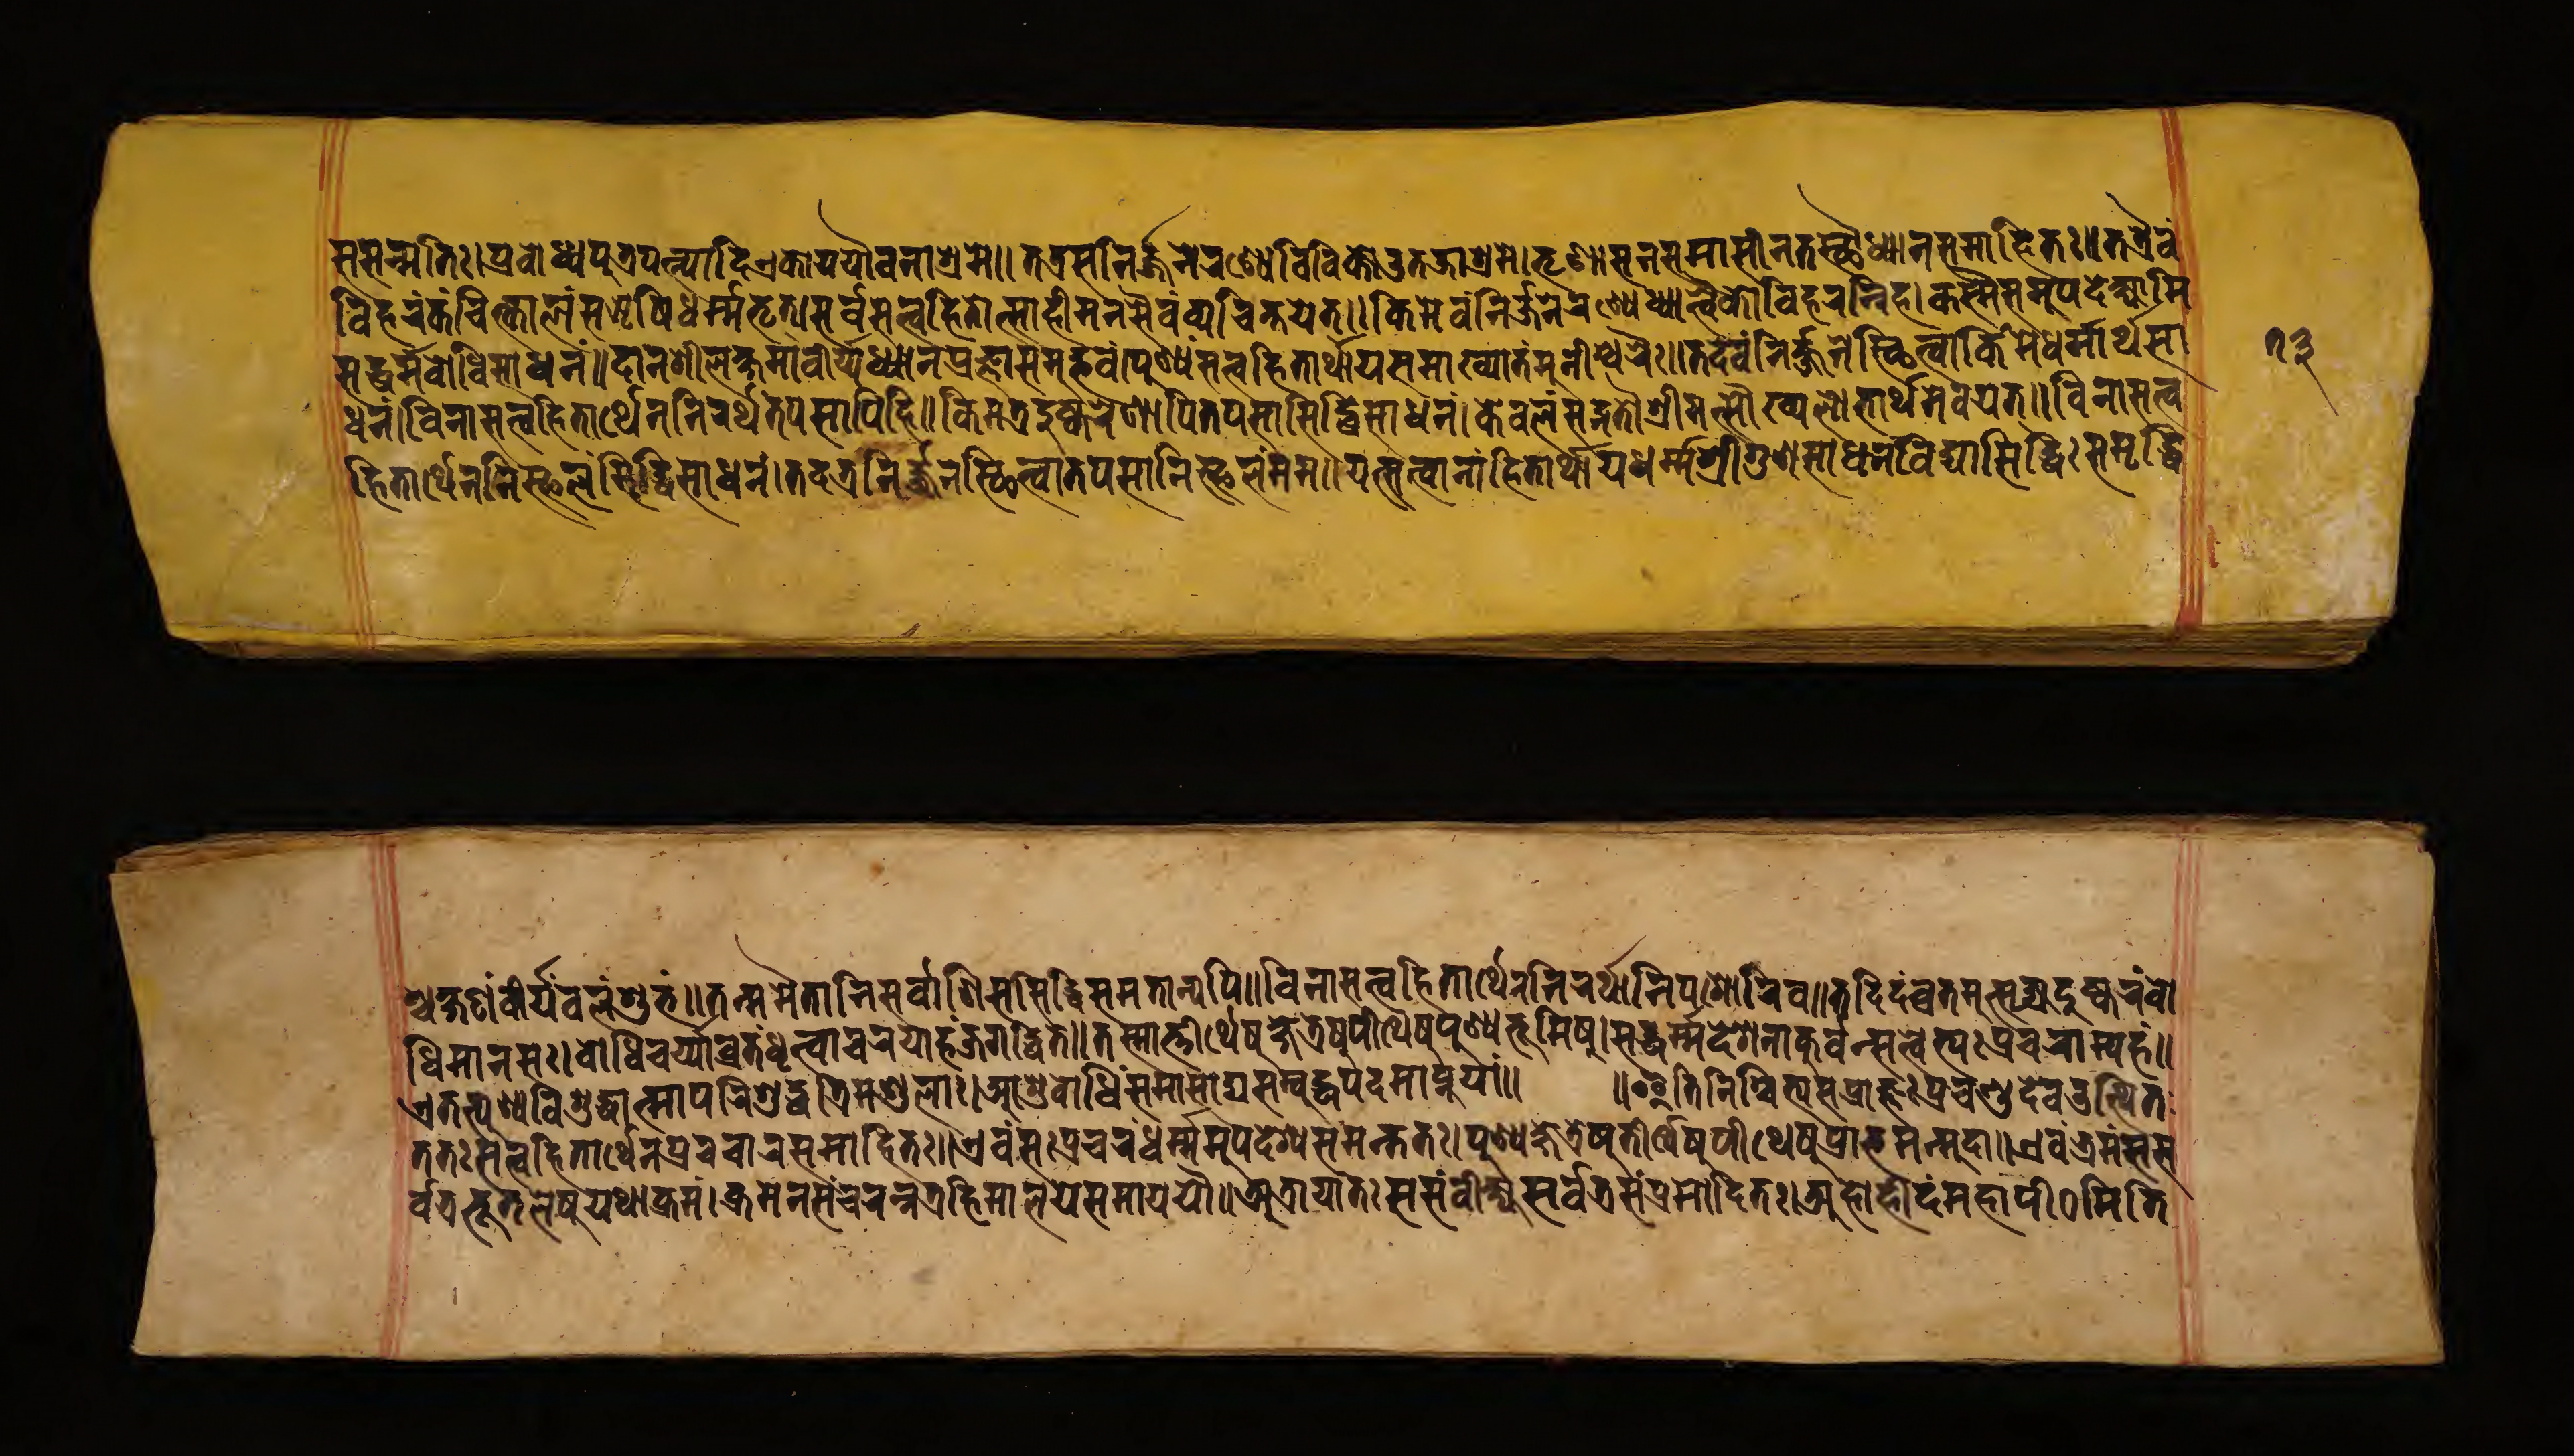
𑐳𑐣𑑂𑐩𑐟𑐶𑑅𑑋𑐥𑑂𑐬𑐧𑑀𑐢𑑂𑐫𑐥𑐸𑐟𑑂𑐬𑐥𑐟𑑂𑐣𑑂𑐫𑐵𑐡𑐶𑑄𑐊𑐎𑑀𑐫𑐫𑑁𑐰𑐣𑐵𑐱𑑂𑐬𑐩𑐾𑑌𑐟𑐺𑐞𑐵𑐳𑐣𑐳𑐟𑐟𑑂𑐬𑐳𑐣𑐶𑐬𑑂𑐖𑐣𑐾𑐬𑐞𑑂𑐫𑐾𑐰𑐶𑐰𑐶𑐎𑑂𑐟𑐾𑐄𑐟𑐖𑐵𑐱𑑂𑐬𑐩𑐾𑑋𑐟𑐺𑐞𑐵𑐳𑐣𑐳𑐩𑐵𑐳𑐷𑐣𑐟𑐳𑑂𑐠𑑁𑐢𑑂𑐫𑐵𑐣𑐳𑐩𑐵𑐴𑐶𑐟𑑅𑑌𑐟𑐟𑑂𑐬𑐿𑐰𑑄 𑐰𑐶𑐴𑐬𑐣𑑂𑐎𑑄𑐔𑐶𑐟𑑂𑐎𑐵𑐮𑑄𑐳𑐆𑐲𑐶𑐢𑐬𑑂𑐩𑑂𑐩𑐨𑐺𑐟𑑂𑑋𑐳𑐬𑑂𑐰𑐳𑐟𑑂𑐟𑑂𑐰𑐴𑐶𑐟𑑀𑐟𑑂𑐳𑐵𑐴𑐷𑐩𑐣𑐳𑐿𑐰𑑄𑐰𑑂𑐫𑐔𑐶𑐣𑑂𑐟𑐫𑐟𑑂𑑌𑐎𑐶𑐩𑐾𑐰𑑄𑐣𑐶𑐬𑑂𑐖𑑂𑐖𑐣𑐾𑐬𑐞𑑂𑐫𑐾𑐢𑑂𑐫𑐵𑐟𑑂𑐰𑐿𑐎𑑀𑐰𑐶𑐴𑐬𑐣𑑂𑐣𑐶𑐴𑑋𑐎𑐳𑑂𑐩𑐿𑐳𑐩𑐸𑐥𑐡𑐾𑐎𑑂𑐲𑑂𑐫𑐵𑐩𑐶 𑐳𑐡𑑂𑐢𑐬𑑂𑐩𑑂𑐩𑐧𑑀𑐢𑐶𑐳𑐵𑐢𑐣𑑄𑑌𑐡𑐵𑐣𑐱𑐷𑐮𑐎𑑂𑐲𑐩𑐵𑐰𑐷𑐬𑑂𑐫𑐢𑑂𑐫𑐵𑐣𑐥𑑂𑐬𑐖𑑂𑐘𑐵𑐳𑐩𑐸𑐡𑑂𑐨𑐰𑑄𑑋𑐥𑐸𑐞𑑂𑐫𑑄𑐳𑐟𑑂𑐟𑑂𑐰𑐴𑐶𑐟𑐵𑐬𑑂𑐠𑐵𑐫𑐳𑐩𑐵𑐏𑑂𑐫𑐵𑐟𑑄𑐩𑐸𑐣𑐷𑐱𑑂𑐰𑐬𑐿𑑅𑑌𑐟𑐡𑐾𑐰𑑄𑐣𑐶𑐬𑑂𑐖𑑂𑐖𑐣𑐾𑐳𑑂𑐠𑐶𑐟𑑂𑐰𑐵𑐎𑐶𑑄𑐩𑐾𑐢𑐬𑑂𑐩𑐵𑐬𑑂𑐠𑐳𑐵 𑐢𑐣𑑄𑑋𑐰𑐶𑐣𑐵𑐳𑐟𑑂𑐟𑑂𑐰𑐴𑐶𑐟𑐵𑐬𑑂𑐠𑐾𑐣𑐣𑐶𑐬𑐬𑑂𑐠𑐟𑐥𑐳𑐵𑐥𑐶𑐴𑐶𑑌𑐎𑐶𑐩𑐟𑑂𑐬𑐡𑐸𑐲𑑂𑐎𑐬𑐾𑐞𑐵𑐥𑐶𑐟𑐥𑐳𑐵𑐳𑐶𑐡𑑂𑐢𑐶𑐳𑐵𑐢𑐣𑑄𑑋𑐎𑐾𑐰𑐮𑑄𑐳𑐡𑑂𑐐𑐟𑑁𑐱𑑂𑐬𑐷𑐩𑐟𑑂𑐳𑑁𑐏𑑂𑐫𑐮𑐵𑐨𑐵𑐬𑑂𑐠𑐩𑐾𑐰𑐫𑐟𑑂𑑌𑐰𑐶𑐣𑐵𑐳𑐟𑑂𑐰 𑐴𑐶𑐟𑐵𑐬𑑂𑐠𑐾𑐣𑐣𑐶𑐲𑑂𑐦𑐮𑑄𑐳𑐶𑐡𑑂𑐢𑐶𑐳𑐵𑐢𑐣𑑄𑑋𑐟𑐡𑐟𑑂𑐬𑐣𑐶𑐬𑑂𑐖𑑂𑐖𑐣𑐾𑐳𑑂𑐠𑐶𑐟𑑂𑐰𑐵𑐟𑐥𑐳𑐵𑐣𑐶𑐲𑑂𑐦𑐮𑑄𑐩𑐩𑑌𑐫𑐟𑑂𑐳𑐟𑑂𑐟𑑂𑐰𑐵𑐣𑐵𑑄𑐴𑐶𑐟𑐵𑐬𑑂𑐠𑐵𑐫𑐢𑐬𑑂𑐩𑑂𑐩𑐱𑑂𑐬𑐷𑐐𑐸𑐞𑐳𑐵𑐢𑐣𑐰𑐶𑐡𑑂𑐫𑐵𑐳𑐶𑐡𑑂𑐢𑐶𑑅𑐳𑐩𑐺𑐡𑑂𑐢𑐶 𑐱𑑂𑐔𑐎𑑂𑐲𑐞𑑄𑐰𑐷𑐬𑑂𑐫𑐧𑐮𑑄𑐱𑐸𑐨𑑄𑑌𑐟𑐟𑑂𑐩𑐩𑐿𑐟𑐵𑐣𑐶𑐳𑐬𑑂𑐰𑐵𑐞𑐶𑐳𑑄𑐳𑐶𑐡𑑂𑐢𑐶𑐳𑑄𑐩𑐶𑐟𑐵𑐣𑑂𑐫𑐥𑐶𑑌𑐰𑐶𑐣𑐵𑐳𑐟𑑂𑐟𑑂𑐰𑐴𑐶𑐟𑐵𑐬𑑂𑐠𑐾𑐣𑐣𑐶𑐬𑐬𑑂𑐠𑐵𑐣𑐶𑐥𑐱𑑀𑐬𑐶𑐰𑑌𑐟𑐡𑐶𑐡𑑄𑐰𑑂𑐬𑐟𑐩𑐺𑐳𑐺𑐖𑑂𑐫𑐡𑐸𑐲𑑂𑐎𑐬𑑄𑐧𑑀 𑐢𑐶𑐩𑐵𑐣𑐳𑑅𑑋𑐧𑑀𑐢𑐶𑐔𑐬𑑂𑐫𑐵𑐰𑑂𑐬𑐟𑑄𑐢𑐺𑐟𑑂𑐰𑐵𑐔𑐬𑐾𑐴𑑄𑐖𑐐𑐡𑑂𑐢𑐶𑐟𑐾𑑌𑐟𑐳𑑂𑐩𑐵𑐟𑑂𑐟𑐷𑐬𑑂𑐠𑐾𑐲𑐸𑐟𑐷𑐬𑑂𑐠𑐾𑐲𑐸𑐥𑐷𑐛𑐾𑐲𑐸𑐥𑐸𑐞𑑂𑐫𑐨𑐹𑐩𑐶𑐲𑐸𑑋𑐳𑐡𑑂𑐢𑐬𑑂𑐩𑑂𑐩𑐡𑐾𑐱𑐣𑐵𑑄𑐎𑐸𑐬𑑂𑐰𑐣𑑂𑐳𑐟𑑂𑐟𑑂𑐰𑐾𑐨𑑂𑐫𑑅𑐥𑑂𑐬𑐔𑐬𑐵𑐞𑑂𑐫𑐴𑑄𑑌 𑐟𑐟𑑅𑐳𑐟𑑂𑐟𑑂𑐰𑐴𑐶𑐟𑐵𑐬𑑂𑐠𑐾𑐣𑐥𑑂𑐬𑐔𑐔𑐵𑐬𑐳𑐩𑐵𑐴𑐶𑐟𑑅𑑌𑐊𑐰𑑄𑐳𑑅𑐥𑑂𑐬𑐔𑐬𑐣𑑂𑐢𑐬𑑂𑐩𑑂𑐩𑐩𑐸𑐥𑐡𑐾𑐱𑑂𑐫𑐳𑐩𑐣𑑂𑐟𑐟𑑅𑑋𑐥𑐸𑐞𑑂𑐫𑐎𑑂𑐲𑐾𑐟𑑂𑐬𑐾𑐲𑐸𑐟𑐷𑐬𑑂𑐠𑐾𑐲𑐸𑐥𑐷𑐛𑐾𑐲𑐸𑐥𑑂𑐬𑐵𑐐𑑂𑐬𑐩𑐣𑑂𑐩𑐸𑐡𑐵𑑌𑐊𑐰𑑄𑐨𑑂𑐬𑐩𑐣𑑂𑐳𑐳 𑐊𑐟𑐟𑑂𑐥𑐸𑐞𑑂𑐫𑐰𑐶𑐱𑐸𑐡𑑂𑐢𑐵𑐟𑑂𑐩𑐵𑐥𑐬𑐶𑐱𑐸𑐡𑑂𑐢𑐟𑑂𑐬𑐶𑐩𑐞𑑂𑐜𑐮𑑅𑑋𑐁𑐱𑐸𑐧𑑀𑐢𑐶𑑄𑐳𑐩𑐵𑐳𑐵𑐡𑑂𑐫𑐳𑑄𑐧𑐸𑐡𑑂𑐢𑐥𑐡𑐩𑐵𑐥𑑂𑐣𑐸𑐫𑐵𑑄𑑌 𑑌𑐂𑐟𑐶𑐣𑐶𑐱𑑂𑐔𑐶𑐟𑑂𑐫𑐳𑐥𑑂𑐬𑐵𑐖𑑂𑐘𑑅𑐥𑑂𑐬𑐔𑐞𑑂𑐜𑐡𑐾𑐰𑑁𑐟𑑂𑐠𑐶𑐟 𑐬𑑂𑐰𑐟𑑂𑐬𑐨𑐹𑐟𑐮𑐾𑐲𑐸𑐫𑐠𑐵𑐎𑑂𑐬𑐩𑑄𑑋𑐎𑑂𑐬𑐩𑐾𑐞𑐳𑑄𑐔𑐬𑐣𑑂𑐣𑐟𑑂𑐬𑐴𑐶𑐩𑐵𑐮𑐫𑐾𑐳𑐩𑐵𑐫𑐫𑑁𑑌𑐀𑐟𑑂𑐬𑐵𑐫𑐵𑐟𑑅𑐳𑐳𑑄𑐰𑐶𑐎𑑂𑐲𑑂𑐫𑐳𑐬𑑂𑐰𑐟𑑂𑐬𑐳𑑄𑐥𑑂𑐬𑐩𑑀𑐡𑐶𑐟𑑅𑑋𑐀𑐴𑑀𑐴𑐷𑐡𑑄𑐩𑐴𑐵𑐥𑐷𑐛𑐩𑐶𑐟𑐶 𑑗𑑓